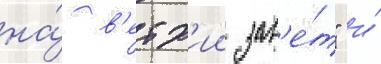
на́ в'етх'ии зав'е́т" и́